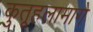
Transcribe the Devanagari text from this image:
कुतूहलामागे